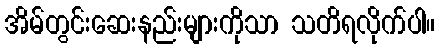
အိမ်တွင်းဆေးနည်းများကိုသာ သတိရလိုက်ပါ။